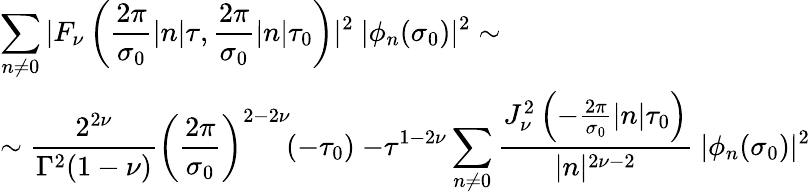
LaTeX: \begin{array}{l}{{{\displaystyle\sum_{n\neq 0}|F_{\nu}\left(\frac{2\pi}{\sigma_{0}}|n|\tau,\frac{2\pi}{\sigma_{0}}|n|\tau_{0}\right)|^{2}~|\phi_{n}(\sigma_{0})|^{2}\sim}}}\\ {{{\displaystyle\sim\frac{2^{2\nu}}{\Gamma^{2}(1-\nu)}\left(\frac{2\pi}{\sigma_{0}}\right)^{2-2\nu}\! (-\tau_{0})~{-\tau}^{1-2\nu}\sum_{n\neq 0}^{}\frac{J_{\nu}^{2}\left(-\frac{2\pi}{\sigma_{0}}|n|\tau_{0}\right)}{|n|^{2\nu-2}}~|\phi_{n}(\sigma_{0})|^{2}}}}\end{array}